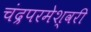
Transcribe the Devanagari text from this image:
चंद्रपरमेश्वरी